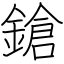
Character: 鎗